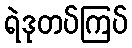
ရဲဒုတပ်ကြပ်